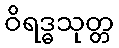
ဝိရဒ္ဓသုတ္တ